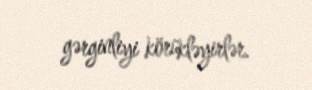
gərginliyi körükləyirlər.